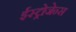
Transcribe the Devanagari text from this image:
ईस्ट्रोजेन्स